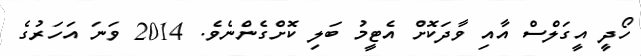
ހޯދީ އީގަލްސް އާއި ވާދަކޮށް އެޓީމު ބަލި ކޮށްގެންނެވެ. 2014 ވަނަ އަހަރުގެ